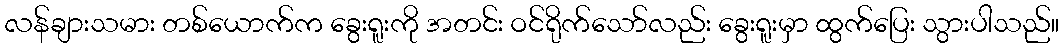
လန်ချားသမား တစ်ယောက်က ခွေးရူးကို အတင်း ဝင်ရိုက်သော်လည်း ခွေးရူးမှာ ထွက်ပြေး သွားပါသည်။